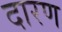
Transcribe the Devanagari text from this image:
दारण